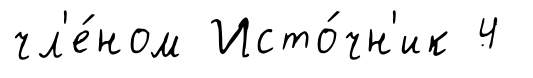
чл'е́ном Исто́чн'ик 4